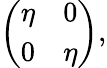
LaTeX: \left(\begin{array}{cc}{{\eta}}&{{0}}\\ {{0}}&{{\eta}}\end{array}\right),